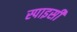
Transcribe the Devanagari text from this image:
स्पाइसी